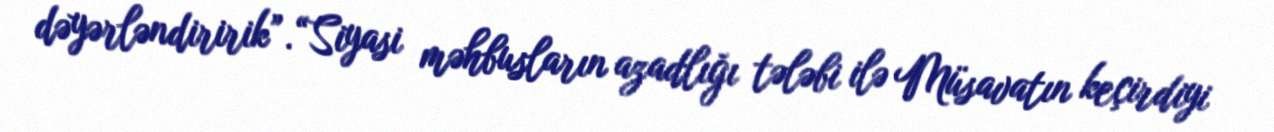
dəyərləndiririk”.“Siyasi məhbusların azadlığı tələbi ilə Müsavatın keçirdiyi